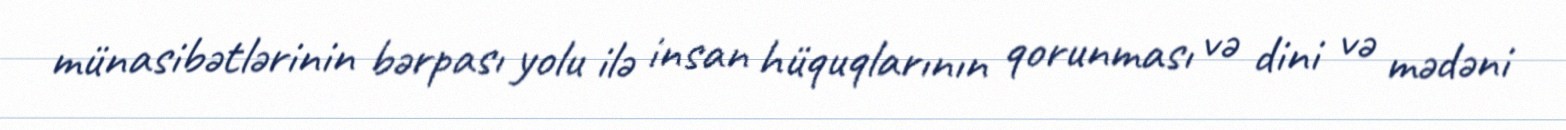
münasibətlərinin bərpası yolu ilə insan hüquqlarının qorunması və dini və mədəni